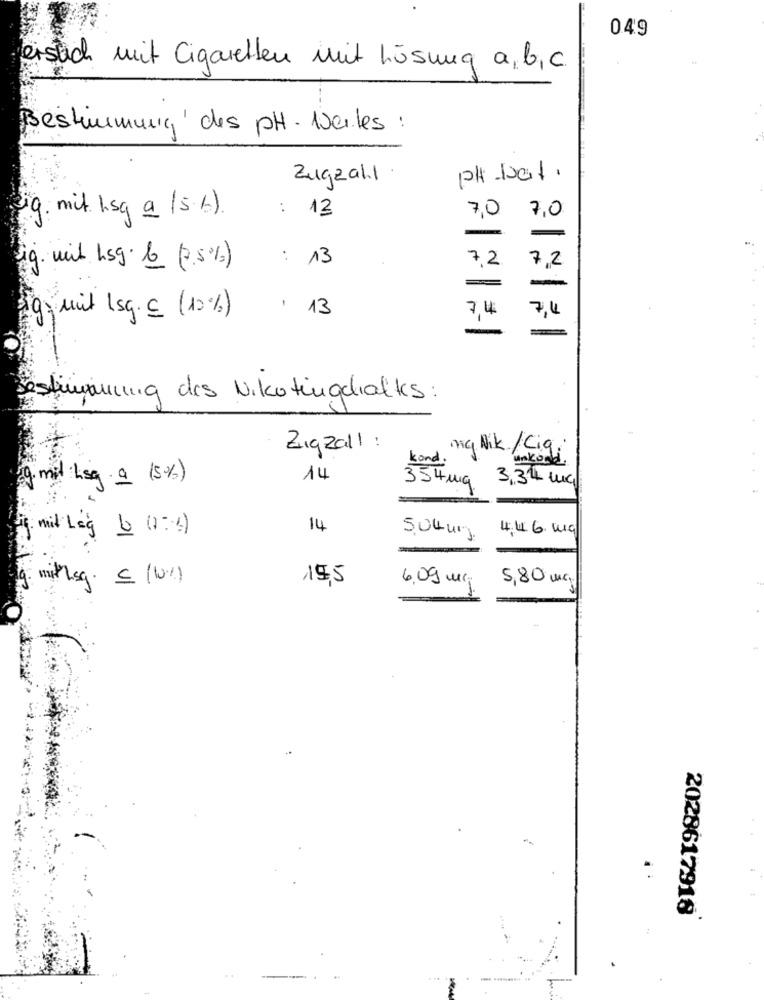
049
erstich mit Cigaretten mit Lösung a, b,c.
Bestimmung ' des PH . Werles :
PH -1001.
Zugzahl
: 12
19. mit hsg a ( s.b ).
7,0 7,0
-
-
: 13
7,2
7,2
lig. mit hsg. b (2.50%)
=
-
. 13
ig, mit Isg.c (10%)
7,4%
7,4
stününung des Nikotingehaltes :
Zugzall :
mig Nik / Ciq.
kond .
unkood .
(g.mil ksg . a (5%)
14
354 mg
3,34 mug
14
4:46. mg
mid Leg 6 0:1)
50Lug.
withsg. 5 (10%)
19,5
6.09 mg
5,80 mg.
2028617918